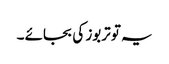
یہ تو تربوز کی بجائے ۔